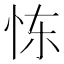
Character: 𫹼